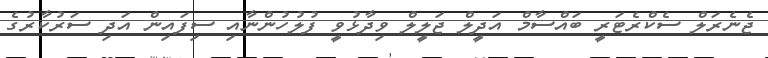
ޖެނެރަލް ސެކްރެޓަރީ ބައްސާމް އަދީލް ޖަލީލް ވިދާޅުވީ ފުލުހުންނާއި ސިފައިން އަދި ސަރުކާރުގެ